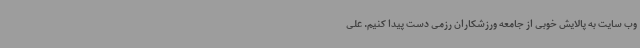
وب سایت به پالایش خوبی از جامعه ورزشکاران رزمی دست پیدا کنیم. علی